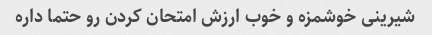
شیرینی خوشمزه و خوب ارزش امتحان کردن رو حتما داره